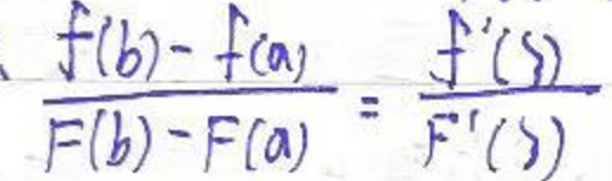
\(\frac{f(b)-f(a)}{F(b)-F(a)}=\frac{f^{\prime}(\xi)}{F^{\prime}(\xi)}\)